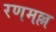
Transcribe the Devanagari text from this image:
रणमल्ल